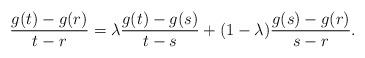
LaTeX: \begin{align*} \frac{g(t)-g(r)}{t-r}=\lambda \frac{g(t)-g(s)}{t-s}+(1-\lambda)\frac{g(s)-g(r)}{s-r} .\end{align*}